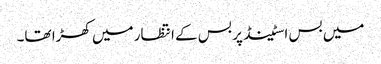
‎میں بس اسٹینڈ پر بس کے انتظار میں کھڑا تھا۔